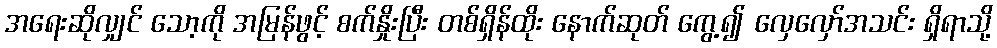
အရေးဆိုလျှင် သော့ကို အမြန်ဖွင့် စက်နှိုးပြီး တစ်ရှိန်ထိုး နောက်ဆုတ် ကွေ့၍ လှေလှော်အသင်း ရှိရာသို့